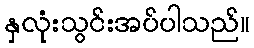
နှလုံးသွင်းအပ်ပါသည်။